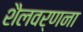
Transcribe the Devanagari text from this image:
शैलवर्णना